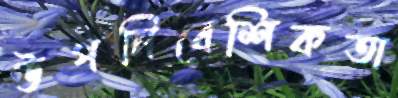
উপনিবেশিকতা